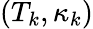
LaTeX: (T_{k},\kappa_{k})